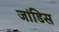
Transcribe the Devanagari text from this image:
जांडिस